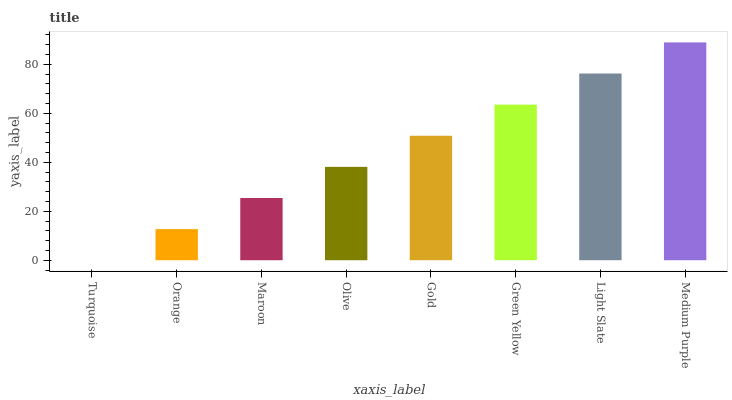
| xaxis_label | bars |
 | --- | --- |
 | Turquoise | 0 |
 | Orange | 12.7 |
 | Maroon | 25.4 |
 | Olive | 38.1 |
 | Gold | 50.8 |
 | Green Yellow | 63.5 |
 | Light Slate | 76.2 |
 | Medium Purple | 89 |